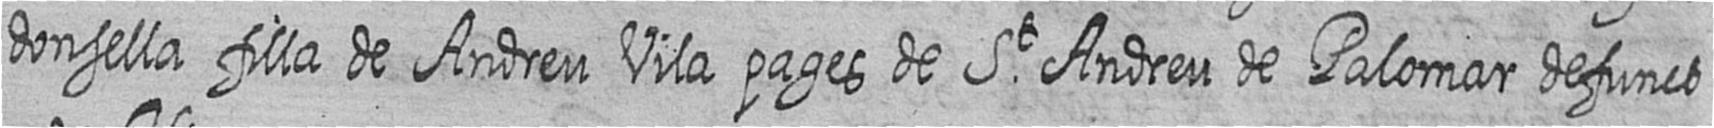
donsella filla de Andreu Vila pages de St Andreu de Palomar defunct